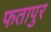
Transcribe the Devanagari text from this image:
फतापुर